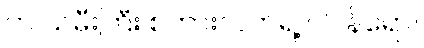
ကဲ သမီးကြီး စကားလက်ရဲ့ ဂါဝန်ရော။